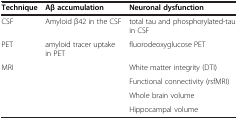
| Technique | Aβ accumulation | Neuronal dysfunction |
 | --- | --- | --- |
 | CSF | Amyloid β42 in the CSF | total tau and phosphorylated-tau in CSF |
 | PET | amyloid tracer uptake in PET | fluorodeoxyglucose PET |
 | <ROWSPAN=3> MRI | <ROWSPAN=3>  | White matter integrity (DTI) |
 | Functional connectivity (rsfMRI) |
 | Whole brain volume |
 |  |  | Hippocampal volume |